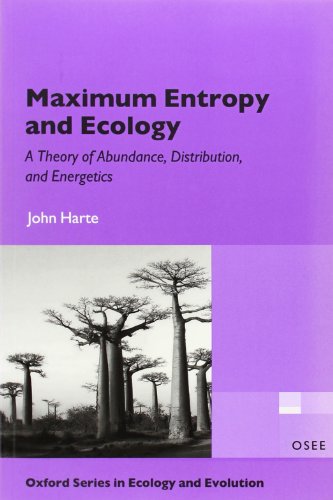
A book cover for Maximum Entropy and Ecology: A Theory of Abundance, Distribution, and Energetics (Oxford Series in Ecology and Evolution); John Harte; Science & Math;